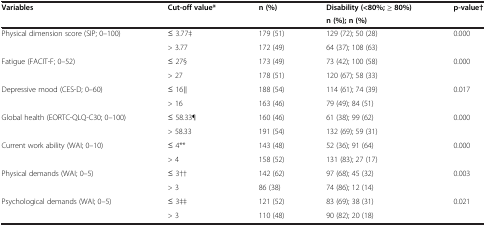
| <ROWSPAN=2> Variables | <ROWSPAN=2> Cut-off value* | <ROWSPAN=2> n (%) | Disability (<80%; ≥ 80%) | <ROWSPAN=2> p-value† |
 | n (%); n (%) |
 | --- | --- | --- | --- | --- |
 | Physical dimension score (SIP; 0–100) | ≤ 3.77‡ | 179 (51) | 129 (72); 50 (28) | 0.000 |
 |  | > 3.77 | 172 (49) | 64 (37); 108 (63) |  |
 | Fatigue (FACIT-F; 0–52) | ≤ 27§ | 173 (49) | 73 (42); 100 (58) | 0.000 |
 |  | > 27 | 178 (51) | 120 (67); 58 (33) |  |
 | Depressive mood (CES-D; 0–60) | ≤ 16∥ | 188 (54) | 114 (61); 74 (39) | 0.017 |
 |  | > 16 | 163 (46) | 79 (49); 84 (51) |  |
 | Global health (EORTC-QLQ-C30; 0–100) | ≤ 58.33¶ | 160 (46) | 61 (38); 99 (62) | 0.000 |
 |  | > 58.33 | 191 (54) | 132 (69); 59 (31) |  |
 | Current work ability (WAI; 0–10) | ≤ 4** | 143 (48) | 52 (36); 91 (64) | 0.000 |
 |  | > 4 | 158 (52) | 131 (83); 27 (17) |  |
 | Physical demands (WAI; 0–5) | ≤ 3†† | 142 (62) | 97 (68); 45 (32) | 0.003 |
 |  | > 3 | 86 (38) | 74 (86); 12 (14) |  |
 | Psychological demands (WAI; 0–5) | ≤ 3‡‡ | 121 (52) | 83 (69); 38 (31) | 0.021 |
 |  | > 3 | 110 (48) | 90 (82); 20 (18) |  |